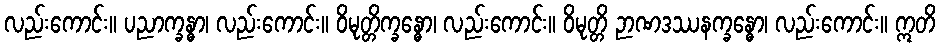
လည်းကောင်း။ ပညာက္ခန္ဓာ၊ လည်းကောင်း။ ဝိမုတ္တိက္ခန္ဓော၊ လည်းကောင်း။ ဝိမုတ္တိ ဉာဏဒဿနက္ခန္ဓော၊ လည်းကောင်း။ ဣတိ